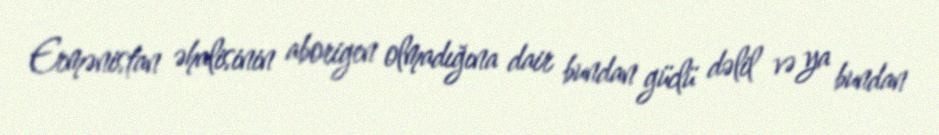
Ermənistan əhalisinin aborigen olmadığına dair bundan güclü dəlil və ya bundan